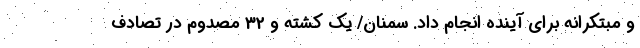
و مبتکرانه برای آینده انجام داد. سمنان/ یک کشته و 32 مصدوم در تصادف